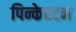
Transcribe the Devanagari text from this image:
पिन्केरटन